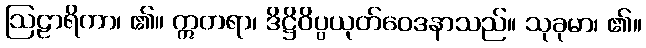
ဩဠာရိကာ၊ ၏။ ဣတရာ၊ ဒိဋ္ဌိဝိပ္ပယုတ်ဝေဒနာသည်။ သုခုမာ၊ ၏။